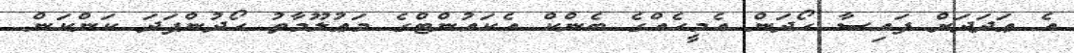
އެ ޢަދަދަށް ފައިސާ ހޯދަން އެމީހެއްގެ ބެންކް އެކައުންޓްގެ މަޢުލޫމާތު ހޯދުންފަދަ ކަންކަން